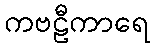
ကဗဠီကာရေ